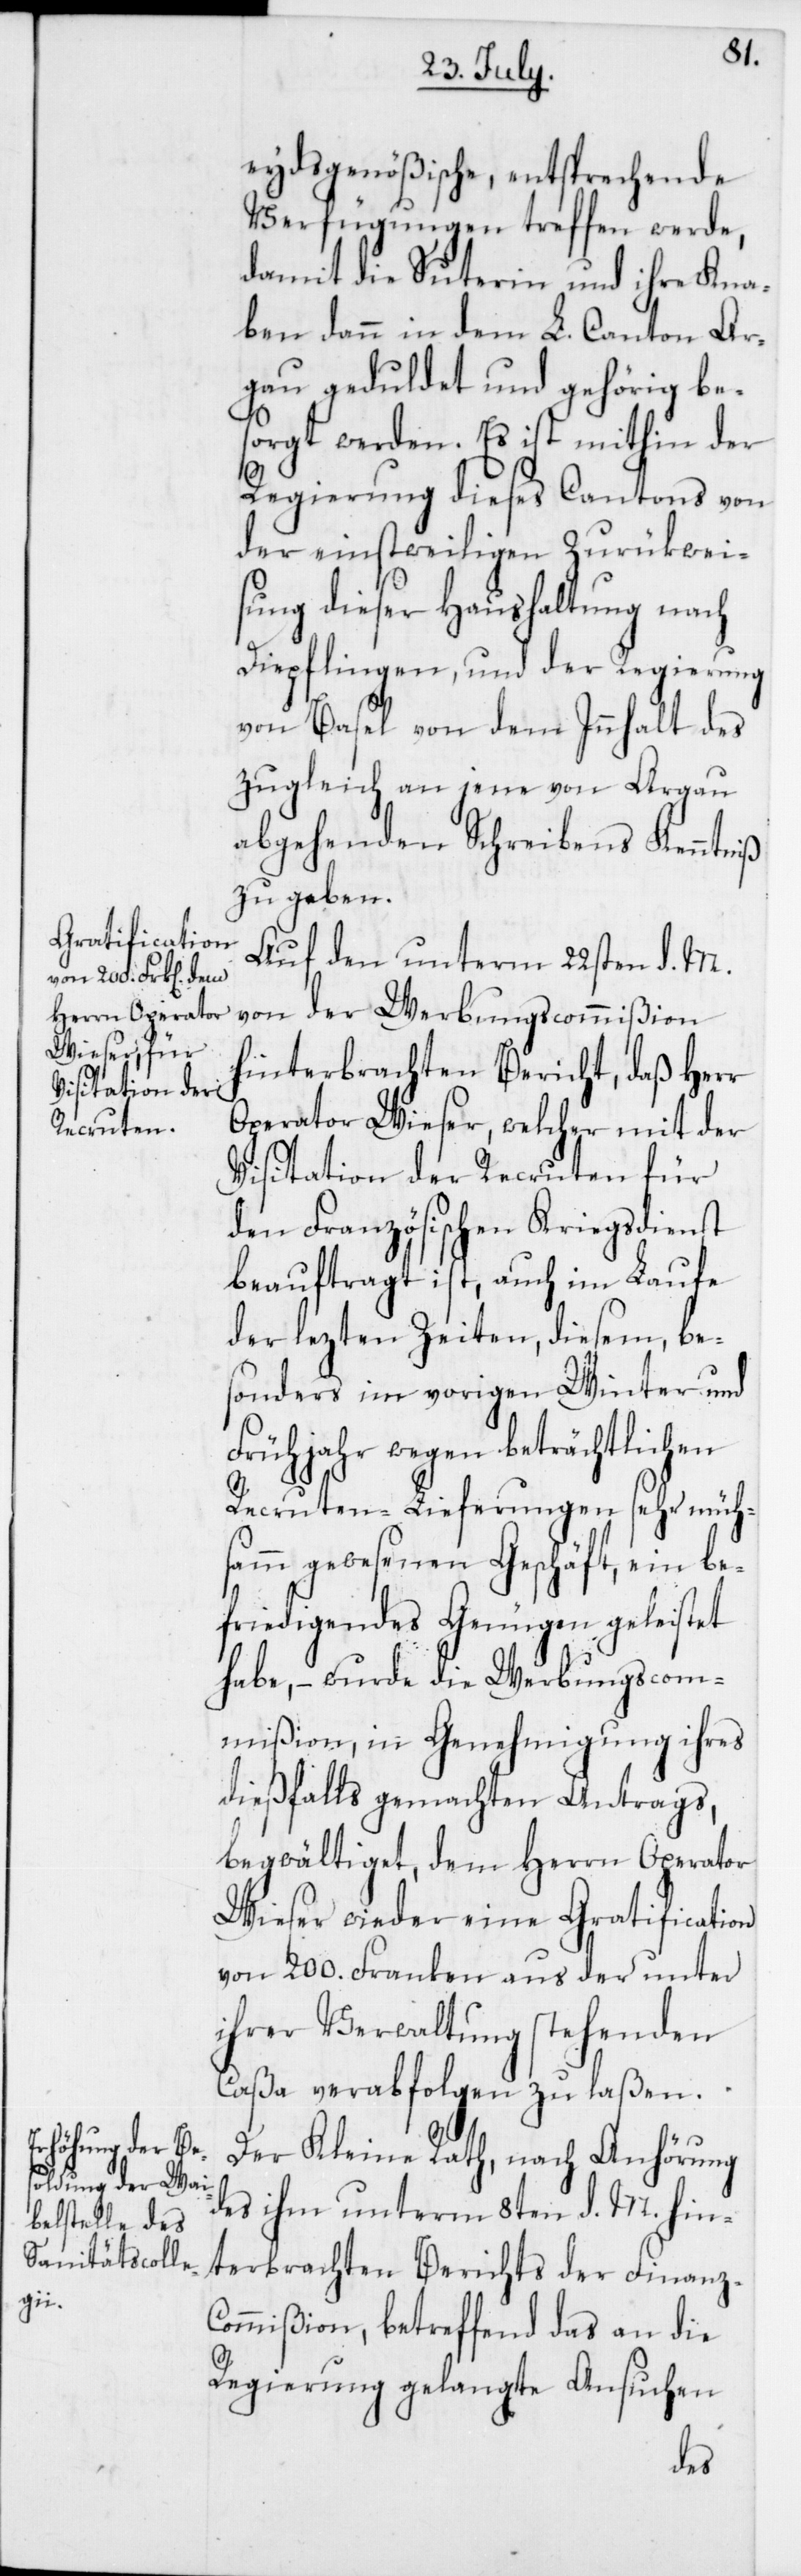
eydsgenößische, entsprechende
Verfügungen treffen werde,
damit die Suterin und ihre Kna¬
ben dann in dem L. Canton Ar¬
gau geduldet und gehörig bes¬
orgt werden. Es ist mithin der
Regierung dieses Cantons von
der einstweilgen Zurükwei¬
sung dieser Haushaltung nach
Diepflingen, und der Regierung
von Basel von dem Inhalt des
zugleich an jene von Argau
abgehenden Schreibens Kenntniß
zu geben.
Auf den unterm 22sten d. M.
von der Werbungscommißion
hinterbrachten Bericht, daß Herr
Operator Wieser, welcher mit der
Visitation der Recruten für
den Französischen Kriegsdienst
beauftragt ist, auch im Laufe
der lezten Zeiten, diesem, be¬
sonders im vorigen Winter und
Frühjahr wegen beträchtlichen
Recruten-Lieferungen sehr müh¬
samm gewesenen Geschäft, ein be¬
friedigendes Genügen geleistet
habe, – wurde die Werbungscom¬
mißion, in Genehmigung ihres
dießfalls gemachten Antrags,
begwältiget, dem Herrn Operator
Wieser wieder eine Gratification
von 200. Franken aus der unter
ihrer Verwaltung stehenden
Caßa verabfolgen zu laßen.
Der Kleine Rath, nach Anhörung
des ihm unterm 8ten d. M. hin¬
terbrachten Berichts der Finanz-C¬
ommißion, betreffend das an die
Regierung gelangte Ansuchen